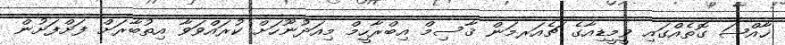
ޚާއްޞަ ގޮތެއްގައި ވީމީޑިއާގެ ޗެއަރމަން ޤާސިމް އިބްރާހީމް މިއަދުނޫހަށް ކުރައްވަވާ އިތުބާރަށް ފަށްފަށުން